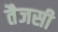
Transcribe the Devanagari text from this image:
तैजसी